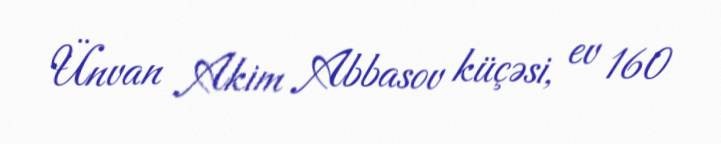
Ünvan Akim Abbasov küçəsi, ev 160